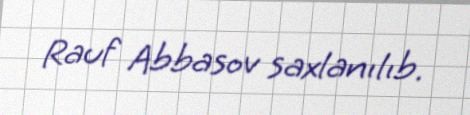
Rauf Abbasov saxlanılıb.